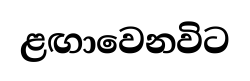
ළඟාවෙනවිට